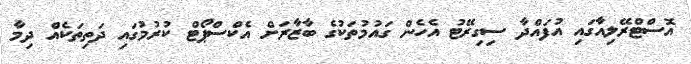
އޮސްޓްރޭލިއާގައި އުފައްދާ ސިގިރޭޓު އެހެން ގައުމުތަކުގެ ބާޒާރަށް އެކްސްޕޯޓް ކުރުމުގައި ދަތިތަކެއް ދިމާ